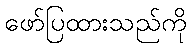
ဖော်ပြထားသည်ကို